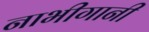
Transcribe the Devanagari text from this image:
नाभीगानी